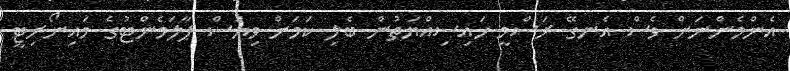
އެންމެންނަށް ވެސް އެނގޭ ރަސްމީ ހައިސިއްޔަތުން ބެލި ކަމަށް ވިޔަސް ޕާލަމެންޓުގެ މައިނޯރިޓީ